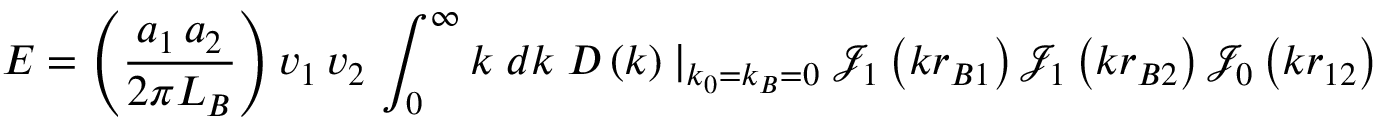
E = \left( { \frac { a _ { 1 } \, a _ { 2 } } { 2 \pi L _ { B } } } \right) v _ { 1 } \, v _ { 2 } \, \int _ { 0 } ^ { \infty } { k \; d k \; } D \left( k \right) \mid _ { k _ { 0 } = k _ { B } = 0 } { \mathcal { J } } _ { 1 } \left( k r _ { B 1 } \right) { \mathcal { J } } _ { 1 } \left( k r _ { B 2 } \right) { \mathcal { J } } _ { 0 } \left( k r _ { 1 2 } \right)